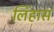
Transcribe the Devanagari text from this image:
लिंहास